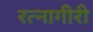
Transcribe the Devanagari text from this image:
रत्नागीरी